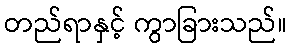
တည်ရာနှင့် ကွာခြားသည်။